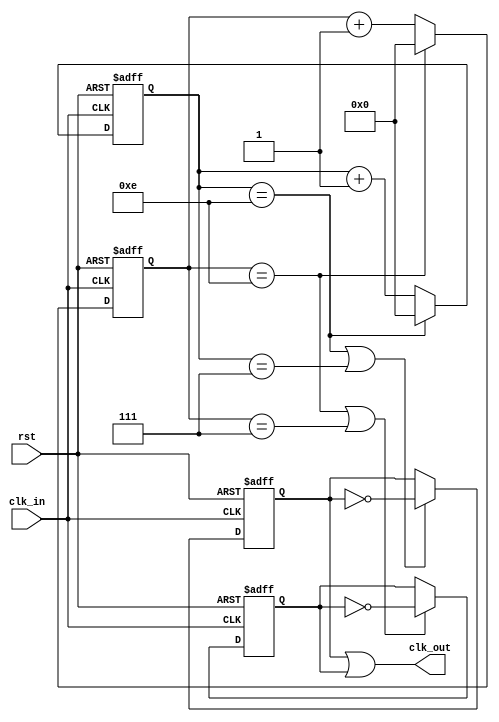
// N N duty 50%
module div_odd (
    input wire clk_in,
    input wire rst,
    //input reg n,        //

    output wire clk_out
);

// initialization 
parameter n = 15;
parameter cnt_bits = $clog2(n);
// parameter cnt_bits = 3;
parameter cnt_max = n - 1;
reg [cnt_bits : 0] cnt_pos,cnt_neg;
reg clk_pos,clk_neg;

//-> posedge clk
always @(posedge clk_in or negedge rst) begin
    if(~rst) begin
        cnt_pos <= 0;
    end
    else begin
        cnt_pos <= (cnt_pos == cnt_max) ? 0 : cnt_pos + 1'b1;
    end
end

always @(posedge clk_in or negedge rst ) begin
    if(~rst) begin
        clk_pos <= 0;
    end 
    else begin
        clk_pos <= (cnt_pos == cnt_max || cnt_pos == cnt_max / 2) ? ~clk_pos : clk_pos;
    end

end

//-> negedge clk
always @(negedge clk_in or negedge rst) begin
    if(~rst) begin
        cnt_neg <= 0;
    end
    else begin
        cnt_neg <= (cnt_neg == cnt_max) ? 0 : cnt_neg + 1'b1;
    end
end

always @(negedge clk_in or negedge rst ) begin
    if(~rst) begin
        clk_neg <= 0;
    end 
    else begin
        clk_neg <= (cnt_neg == cnt_max || cnt_neg == cnt_max / 2) ? ~clk_neg : clk_neg;
    end
end

assign clk_out = clk_neg | clk_pos;


endmodule